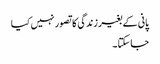
پانی کے بغیر زندگی کا تصور نہیں کیا
جاسکتا ۔